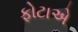
ફોટાએ